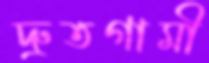
দ্রুতগামী